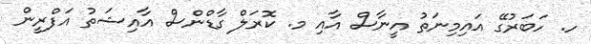
ހ. ހަބަރުގޭ އައިމިނަތު އީނާސް އާއި މ. ކޮރަލް ގާޑްންސް އާއިޝަތު އަފްރީން